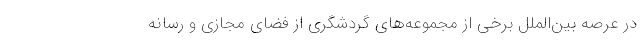
در عرصه بین‌الملل برخی از مجموعه‌های گردشگری از فضای مجازی و رسانه